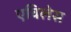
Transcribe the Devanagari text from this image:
एविलेस